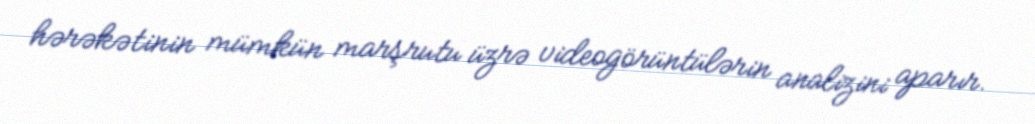
hərəkətinin mümkün marşrutu üzrə videogörüntülərin analizini aparır.